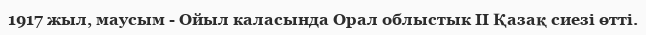
1917 жыл, маусым - Ойыл каласында Орал облыстык II Қазақ сиезі өтті.